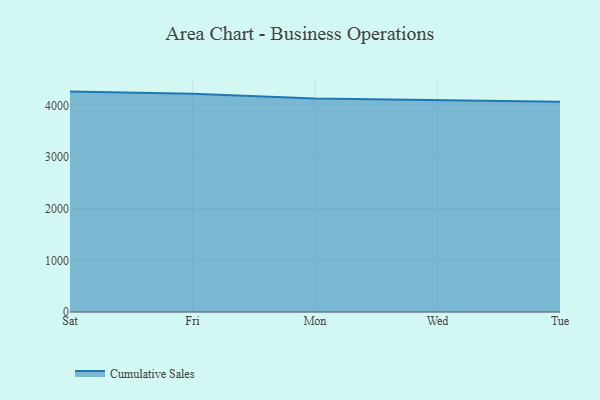
{"axis": {"x": "Day", "y": "Website Visitors"}, "legend": ["Cumulative Sales"], "data": [{"x": "Sat", "y": 4265.9, "type": "Cumulative Sales"}, {"x": "Fri", "y": 4222.4, "type": "Cumulative Sales"}, {"x": "Mon", "y": 4132.3, "type": "Cumulative Sales"}, {"x": "Wed", "y": 4096.1, "type": "Cumulative Sales"}, {"x": "Tue", "y": 4071.5, "type": "Cumulative Sales"}]}